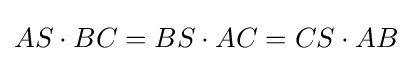
AS\cdot BC=BS\cdot AC=CS\cdot AB